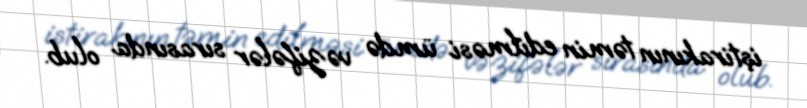
iştirakının təmin edilməsi ümdə vəzifələr sırasında olub.